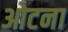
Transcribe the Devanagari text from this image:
ओटना